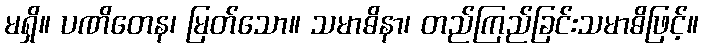
မရှိ။ ပဏိတေန၊ မြတ်သော။ သမာဓိနာ၊ တည်ကြည်ခြင်းသမာဓိဖြင့်။